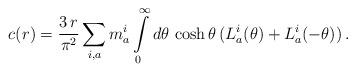
LaTeX: \begin{align*}c(r)=\frac{3\,r}{\pi ^{2}}\sum_{i,a}m_{a}^{i}\int\limits_{0}^{\infty}d\theta \,\cosh \theta \,(L_{a}^{i}(\theta )+L_{a}^{i}(-\theta ))\,.\end{align*}